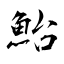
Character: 鮐